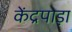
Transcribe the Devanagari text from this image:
केंद्रपाड़ा